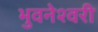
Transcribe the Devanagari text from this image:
भुवनेश्‍वरी